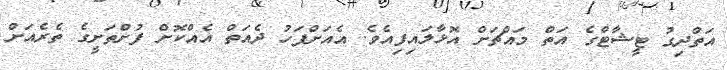
އަތްދިގު ޓީޝާޓްގެ އަތް މައްޗަށް އޮޅާލައިފިއެވެ. އެއަށްފަހު ދެއަތް އެއްކޮށް ފުށްތަށީގެ ތެރެއަށް